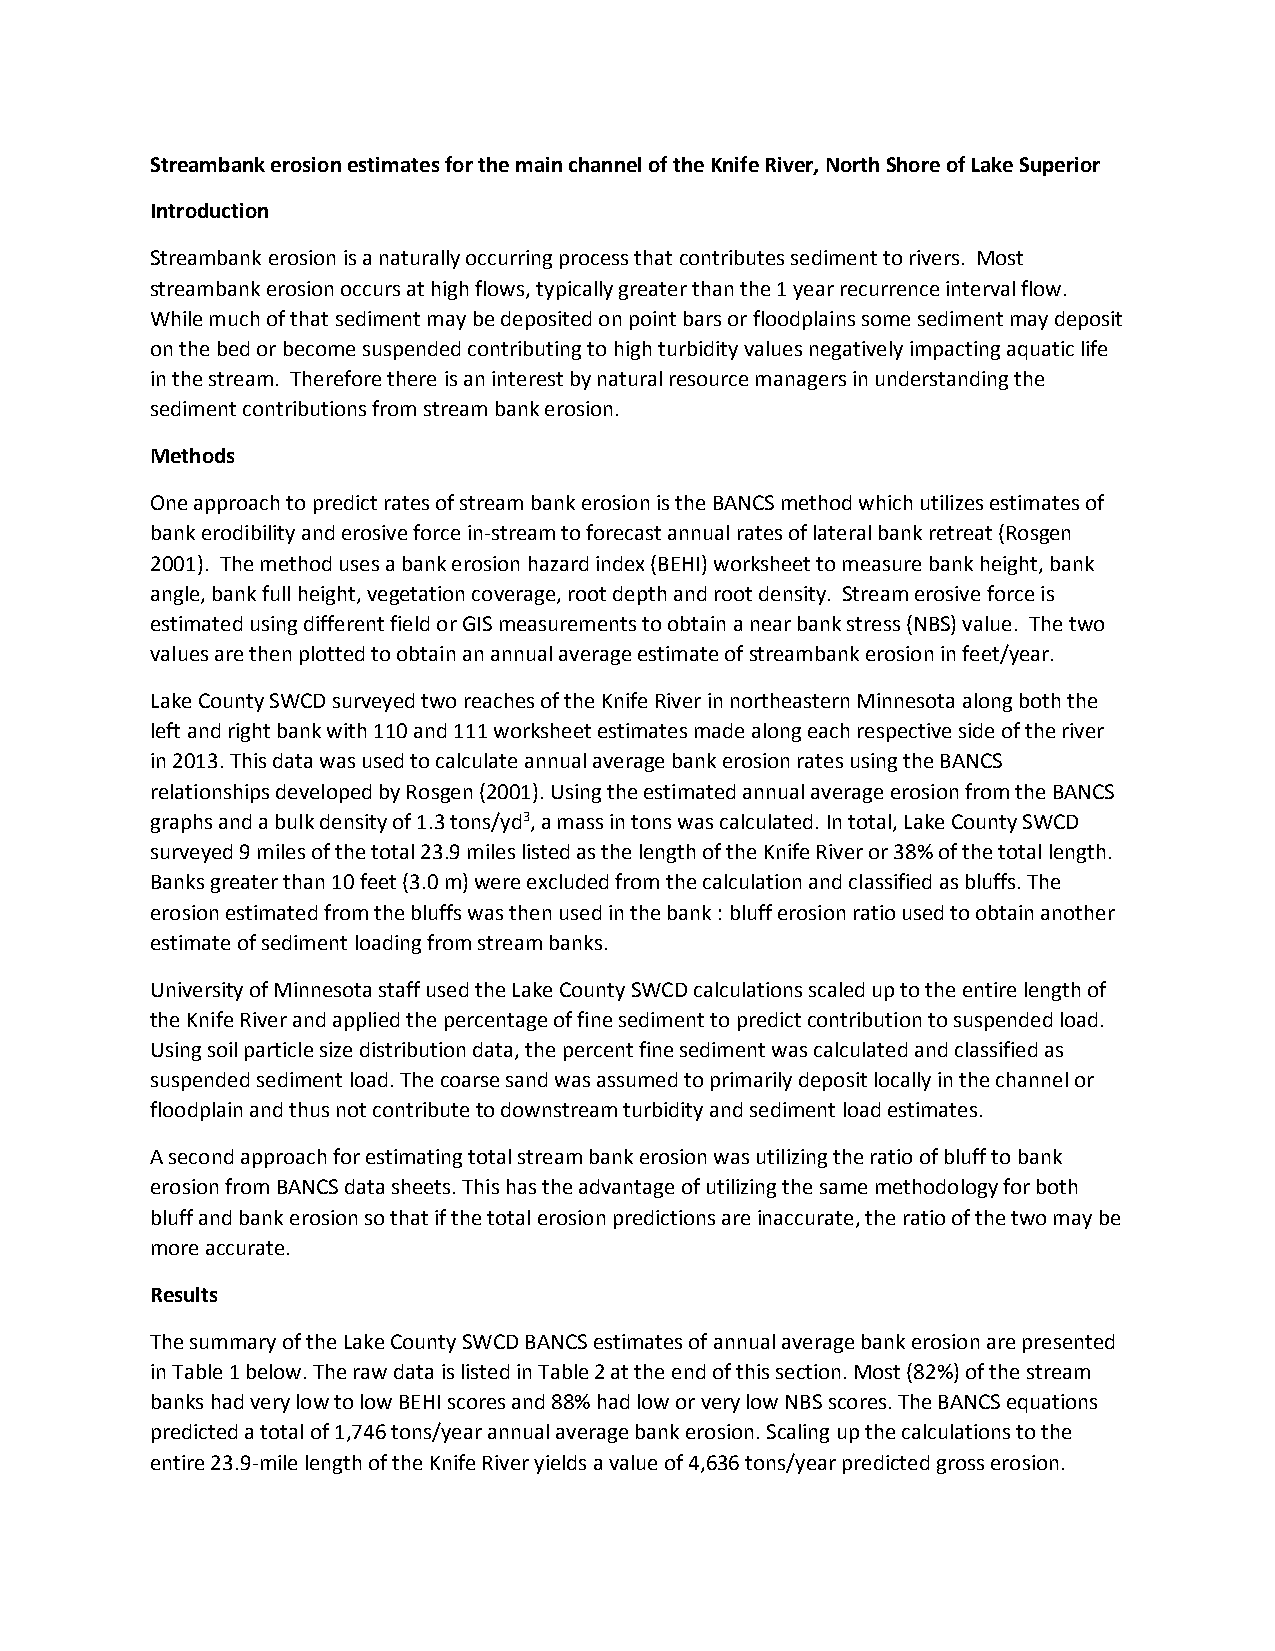
Streambank erosion estimates for the main channel of the Knife River, North Shore of Lake Superior
 Introduction
 Streambank erosion is a naturally occurring process that contributes sediment to rivers. Most
 streambank erosion occurs at high flows, typically greater than the 1 year recurrence interval flow.
 While much of that sediment may be deposited on point bars or floodplains some sediment may deposit
 on the bed or become suspended contributing to high turbidity values negatively impacting aquatic life
 in the stream. Therefore there is an interest by natural resource managers in understanding the
 sediment contributions from stream bank erosion.
 Methods
 One approach to predict rates of stream bank erosion is the BANCS method which utilizes estimates of
 bank erodibility and erosive force in-stream to forecast annual rates of lateral bank retreat (Rosgen
 2001). The method uses a bank erosion hazard index (BEHI) worksheet to measure bank height, bank
 angle, bank full height, vegetation coverage, root depth and root density. Stream erosive force is
 estimated using different field or GIS measurements to obtain a near bank stress (NBS) value. The two
 values are then plotted to obtain an annual average estimate of streambank erosion in feet/year.
 Lake County SWCD surveyed two reaches of the Knife River in northeastern Minnesota along both the
 left and right bank with 110 and 111 worksheet estimates made along each respective side of the river
 in 2013. This data was used to calculate annual average bank erosion rates using the BANCS
 relationships developed by Rosgen (2001). Using the estimated annual average erosion from the BANCS
 graphs and a bulk density of 1.3 tons/yd3, a mass in tons was calculated. In total, Lake County SWCD
 surveyed 9 miles of the total 23.9 miles listed as the length of the Knife River or 38% of the total length.
 Banks greater than 10 feet (3.0 m) were excluded from the calculation and classified as bluffs. The
 erosion estimated from the bluffs was then used in the bank : bluff erosion ratio used to obtain another
 estimate of sediment loading from stream banks.
 University of Minnesota staff used the Lake County SWCD calculations scaled up to the entire length of
 the Knife River and applied the percentage of fine sediment to predict contribution to suspended load.
 Using soil particle size distribution data, the percent fine sediment was calculated and classified as
 suspended sediment load. The coarse sand was assumed to primarily deposit locally in the channel or
 floodplain and thus not contribute to downstream turbidity and sediment load estimates.
 A second approach for estimating total stream bank erosion was utilizing the ratio of bluff to bank
 erosion from BANCS data sheets. This has the advantage of utilizing the same methodology for both
 bluff and bank erosion so that if the total erosion predictions are inaccurate, the ratio of the two may be
 more accurate.
 Results
 The summary of the Lake County SWCD BANCS estimates of annual average bank erosion are presented
 in Table 1 below. The raw data is listed in Table 2 at the end of this section. Most (82%) of the stream
 banks had very low to low BEHI scores and 88% had low or very low NBS scores. The BANCS equations
 predicted a total of 1,746 tons/year annual average bank erosion. Scaling up the calculations to the
 entire 23.9-mile length of the Knife River yields a value of 4,636 tons/year predicted gross erosion.